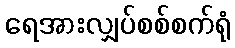
ရေအားလျှပ်စစ်စက်ရုံ